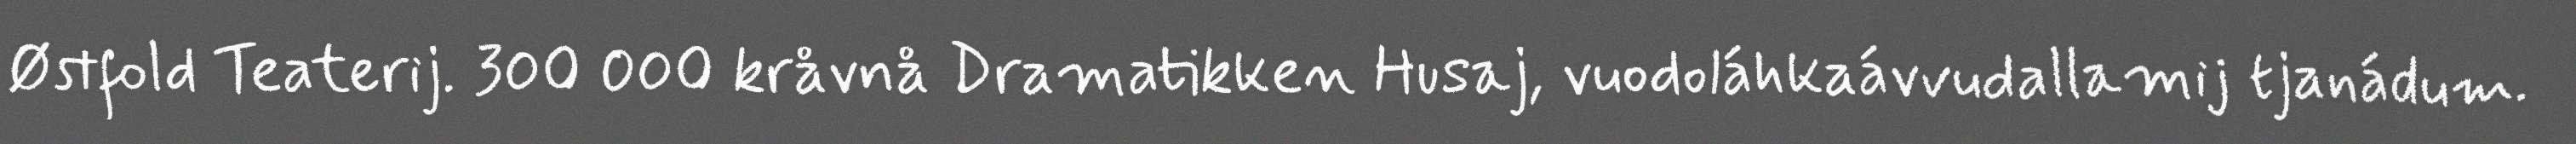
Østfold Teaterij. 300 000 kråvnå Dramatikken Husaj, vuodoláhkaávvudallamij tjanádum.